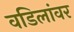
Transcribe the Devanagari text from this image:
वडिलांवर